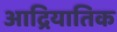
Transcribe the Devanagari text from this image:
आद्रियातिक